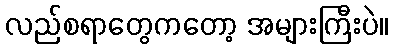
လည်စရာတွေကတော့ အများကြီးပဲ။